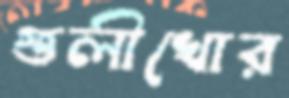
গুলীখোর